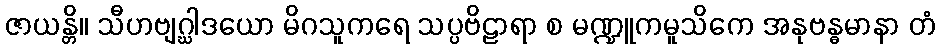
ဇာယန္တိ။ သီဟဗျဂ္ဃါဒယော မိဂသူကရေ သပ္ပဗိဠာရာ စ မဏ္ဍူကမူသိကေ အနုဗန္ဓမာနာ တံ